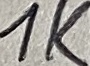
Text: 1K